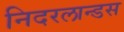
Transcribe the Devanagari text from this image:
निदरलान्डस